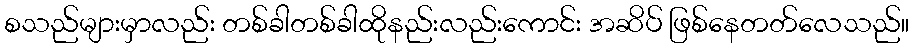
စသည်များမှာလည်း တစ်ခါတစ်ခါထိုနည်းလည်းကောင်း အဆိပ် ဖြစ်နေတတ်လေသည်။